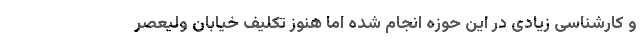
و کارشناسی زیادی در این حوزه انجام شده اما هنوز تکلیف خیابان ولیعصر